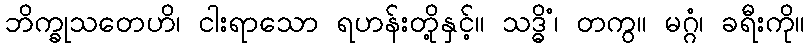
ဘိက္ခုသတေဟိ၊ ငါးရာသော ရဟန်းတို့နှင့်။ သဒ္ဓိံ၊ တကွ။ မဂ္ဂံ၊ ခရီးကို။